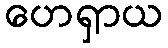
ဟေရှာယ